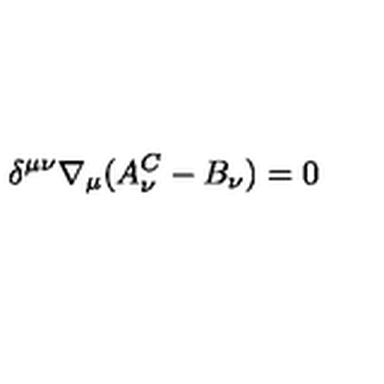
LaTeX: \delta ^ { \mu \nu } \nabla _ { \mu } ( A _ { \nu } ^ { C } - B _ { \nu } ) = 0